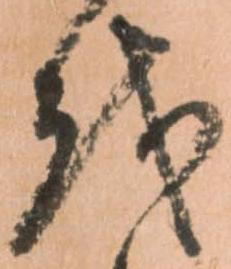
越